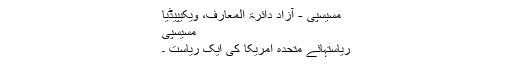
مسیسپی - آزاد دائرۃ المعارف، ویکیپیڈیا
مسیسپی
ریاستہائے متحدہ امریکا کی ایک ریاست ۔